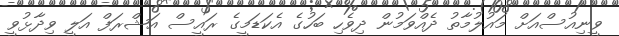
ވީނިއުސްއަށް މައުލުމާތު ދެއްވަމުން ދިވެހި ބަހުގެ އެކަޑަމީގެ ރައީސް އަޝްރަފް އަލީ ވިދާޅުވީ